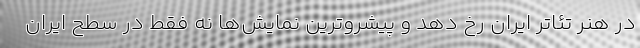
در هنر تئاتر ایران رخ دهد و پیشروترین نمایش‌ها نه فقط در سطح ایران